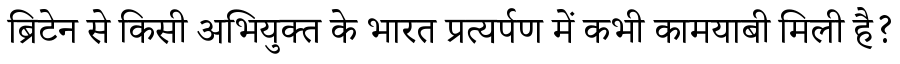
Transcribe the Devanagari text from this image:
ब्रिटेन से किसी अभियुक्त के भारत प्रत्यर्पण में कभी कामयाबी मिली है?